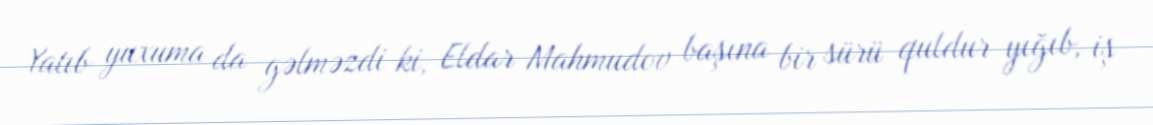
Yatıb yuxuma da gəlməzdi ki, Eldar Mahmudov başına bir sürü quldur yığıb, iş